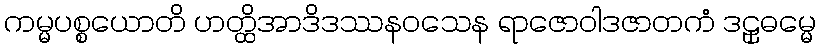
ကမ္မပစ္စယောတိ ဟတ္ထိအာဒိဒဿနဝသေန ရာဇောဝါဒဇာတကံ ဒဠှဓမ္မေ